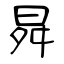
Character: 曻